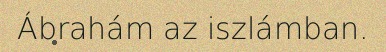
Ábrahám az iszlámban.